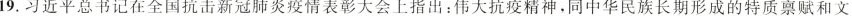
19.习近平总书记在全国抗击新冠肺炎疫情表彰大会上指出：伟大抗疫精神，同中华民族长期形成的特质禀赋和文